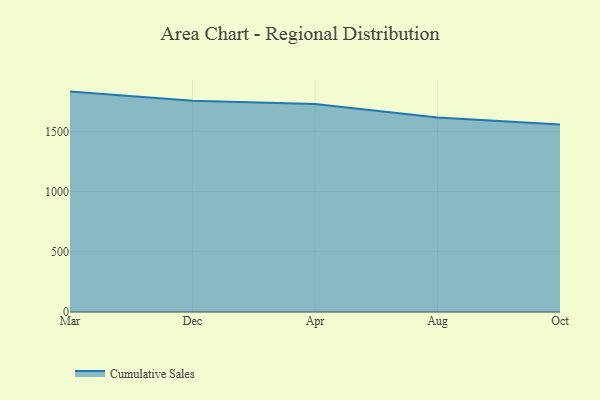
{"axis": {"x": "Month", "y": "Revenue (USD Million)"}, "legend": ["Cumulative Sales"], "data": [{"x": "Mar", "y": 1830.1, "type": "Cumulative Sales"}, {"x": "Dec", "y": 1754.2, "type": "Cumulative Sales"}, {"x": "Apr", "y": 1726.4, "type": "Cumulative Sales"}, {"x": "Aug", "y": 1615.9, "type": "Cumulative Sales"}, {"x": "Oct", "y": 1556.2, "type": "Cumulative Sales"}]}